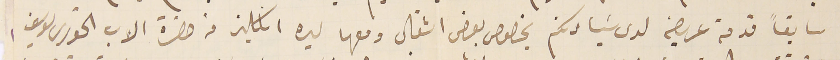
سابقاً قدمة عريضه لدى سَيادتكم بخصوص بعض اشغال ومعها ليره انكليز من حضرة الاب الخوري يوسف